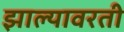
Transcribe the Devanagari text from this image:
झाल्यावरती